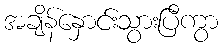
အချိန်နှောင်းသွားပြီကွာ